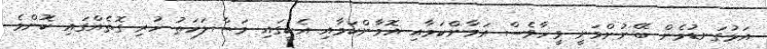
އަޅުގަނޑުމެން ބޭނުންވަނީ ވީހާވެސް އަމާންކަމާއި އޮމާންކަމާއި އެކީގައި މަސްލަހަތު ހުރި ގޮތެއްގައި ކޮންމެ